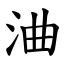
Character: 浀